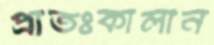
প্রাতঃকালীন